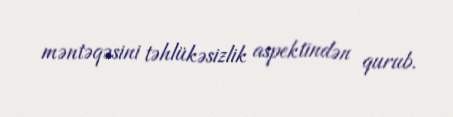
məntəqəsini təhlükəsizlik aspektindən qurub.